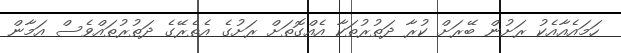
ހަމައެއާއެކު ރަށުން ބޭރަށް ކުރާ ދަތުރުތަކާ އެއްގޮތަށް ރަށުގެ އެތެރޭގެ ދަތުރުތައްވެސް އަމާން